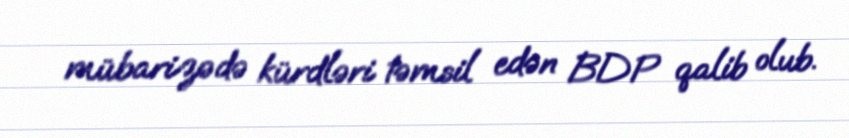
mübarizədə kürdləri təmsil edən BDP qalib olub.